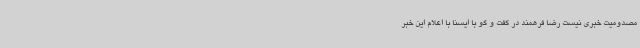
مصدومیت خبری نیست رضا فرهمند در گفت و گو با ایسنا با اعلام این خبر